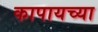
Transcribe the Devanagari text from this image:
कापायच्या